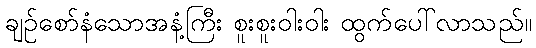
ချဉ်စော်နံသောအနံ့ကြီး စူးစူးဝါးဝါး ထွက်ပေါ်လာသည်။